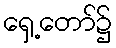
ရှေ့တော်၌